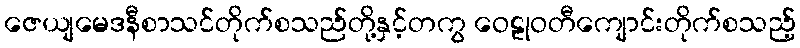
ဇေယျမေဒနီစာသင်တိုက်စသည်တို့နှင့်တကွ ဝေဠုဝတီကျောင်းတိုက်စသည့်